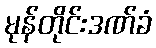
မုန်တိုင်းဒဏ်ခံ